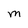
Character: M